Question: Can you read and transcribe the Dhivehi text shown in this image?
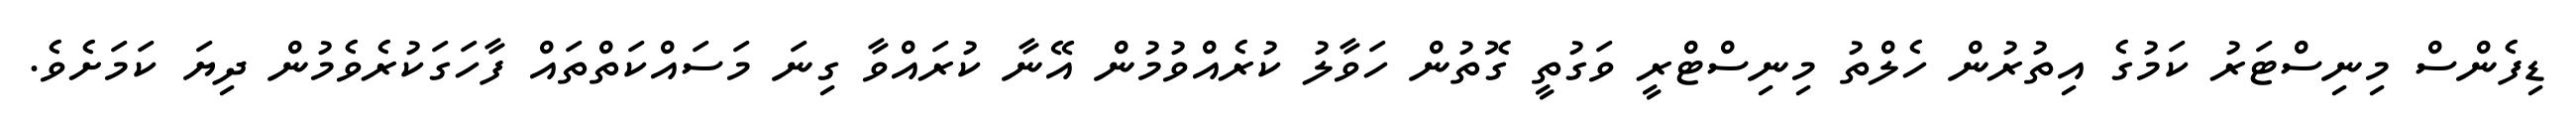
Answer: ޑިފެންސް މިނިސްޓަރު ކަމުގެ އިތުރުން ހެލްތު މިނިސްޓްރީ ވަގުތީ ގޮތުން ހަވާލު ކުރެއްވުމުން އޭނާ ކުރައްވާ ގިނަ މަސައްކަތްތައް ފާހަގަކުރެވެމުން ދިޔަ ކަމަށެވެ.